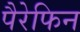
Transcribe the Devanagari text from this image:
पैरेफिन